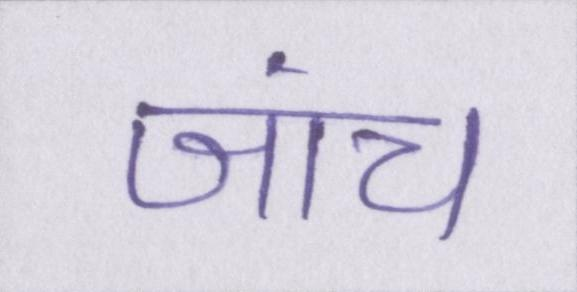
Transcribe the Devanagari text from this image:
जांच